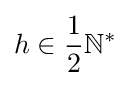
h\in {\frac {1}{2}}\mathbb {N} ^{*}